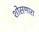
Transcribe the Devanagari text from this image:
शोसणारा